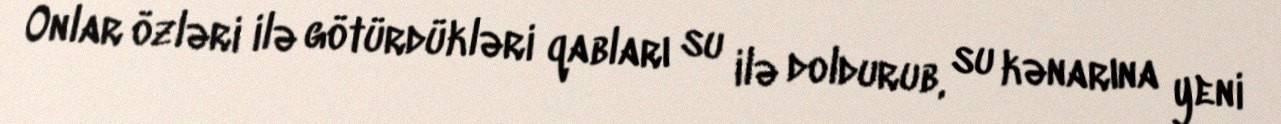
Onlar özləri ilə götürdükləri qabları su ilə doldurub, su kənarına yeni